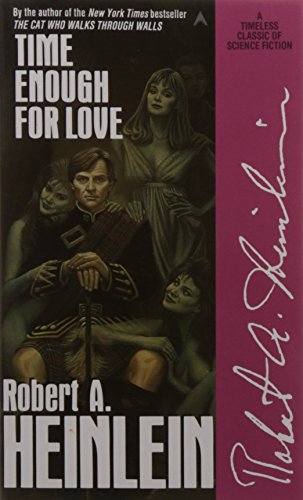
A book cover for Time Enough for Love; Robert A. Heinlein; Mystery, Thriller & Suspense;